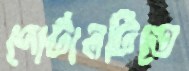
পোর্টালটিতে